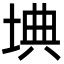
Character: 㙉